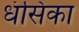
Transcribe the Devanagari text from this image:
धंसिका